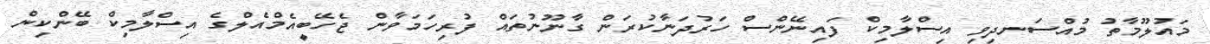
މައުލޫމާތު މުއްސަނދިވި އިސްލާމިކް ފައިނޭންސް ހަރުދަނާކުރަން ގާނޫނުތައް ފުރިހަމަވާން ޖެހޭބީއެމްއެލްގެ އިސްލާމިކް ބޭންކިން